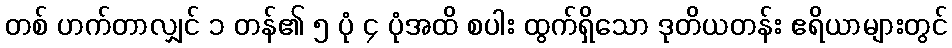
တစ် ဟက်တာလျှင် ၁ တန်၏ ၅ ပုံ ၄ ပုံအထိ စပါး ထွက်ရှိသော ဒုတိယတန်း ဧရိယာများတွင်